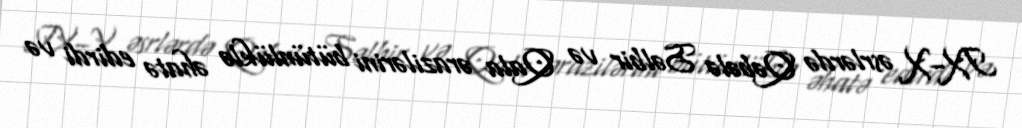
IX–X əsrlərdə Qəbələ Səlbir və Qala ərazilərini bütünlüklə əhatə edirdi və